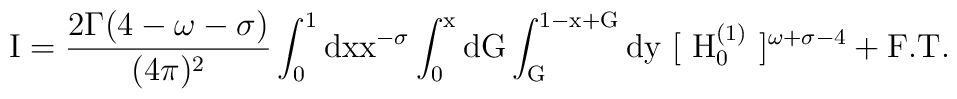
\rm I = \frac{2\Gamma (4-\omega-\sigma)}{(4\pi)^2} \int^1_0 dxx^{-\sigma} \int^x_0 dG \int^{1-x+G}_G dy~[~H_0^{(1)}~]^{\omega+\sigma-4} + F.T.